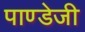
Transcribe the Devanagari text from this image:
पाण्डेजी